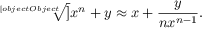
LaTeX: { \sqrt [ [object Object] ] { x ^ { n } + y } } \approx x + { \frac { y } { n x ^ { n - 1 } } } .